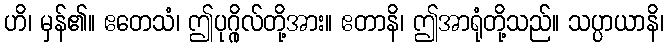
ဟိ၊ မှန်၏။ ဧတေသံ၊ ဤပုဂ္ဂိုလ်တို့အား။ ဧတာနိ၊ ဤအာရုံတို့သည်။ သပ္ပာယာနိ၊